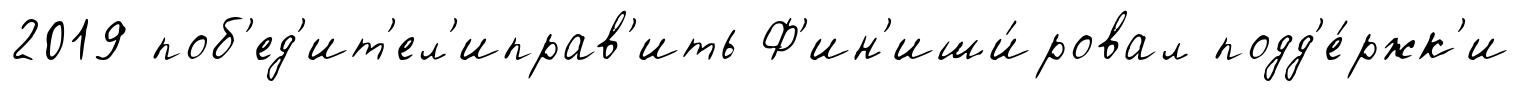
2019 поб'ед'ит'ел'иправ'ить Ф'ин'иши́ровал подд'е́ржк'и